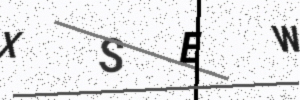
Text: XSEW